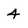
Character: 4